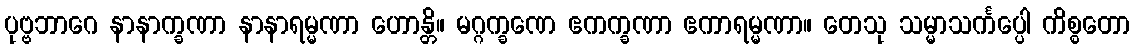
ပုဗ္ဗဘာဂေ နာနာက္ခဏာ နာနာရမ္မဏာ ဟောန္တိ။ မဂ္ဂက္ခဏေ ဧကက္ခဏာ ဧကာရမ္မဏာ။ တေသု သမ္မာသင်္ကပ္ပေါ ကိစ္စတော